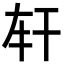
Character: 𢆐